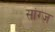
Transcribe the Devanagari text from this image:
सांग्ज़